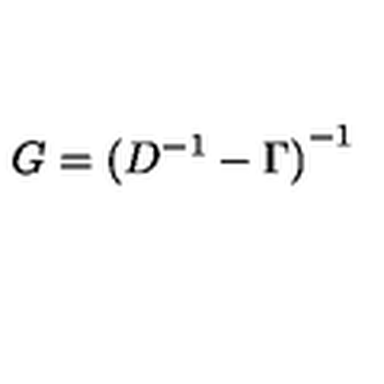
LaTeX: G = { ( D ^ { - 1 } - \Gamma ) } ^ { - 1 }